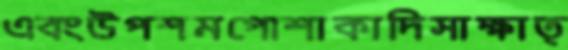
এবংউপশমপোশাকাদিসাক্ষাত্